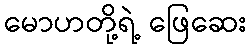
မောဟတို့ရဲ့ ဖြေဆေး